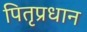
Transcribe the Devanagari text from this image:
पितृप्रधान